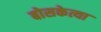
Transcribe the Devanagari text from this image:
बोसकेत्या